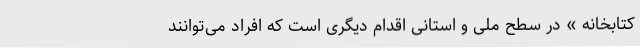
کتابخانه » در سطح ملی و استانی اقدام دیگری است که افراد می‌توانند